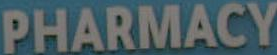
PHARMACY